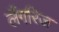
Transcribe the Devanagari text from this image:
लैंगरिज